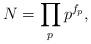
LaTeX: \begin{align*} N = \prod_p p^{f_p},\end{align*}